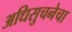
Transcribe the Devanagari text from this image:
अधिसुचनेचा